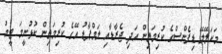
މަކަލޭލޭ ޑިފެންސްގެ ކުރިމަތިން އަދި ޖެރާޑާއި ލަމްޕާޑު އޭގެ ކުރިމަތިން ކުޅުނީމަ ޓީމު